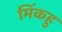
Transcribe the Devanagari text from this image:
मिंकहु